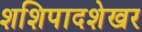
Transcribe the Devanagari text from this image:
शशिपादशेखर